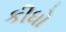
કીધો